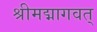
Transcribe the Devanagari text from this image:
श्रीमद्मागवत्